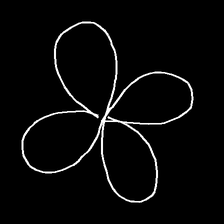
Glyph: billowing